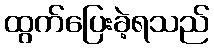
ထွက်ပြေးခဲ့ရသည်